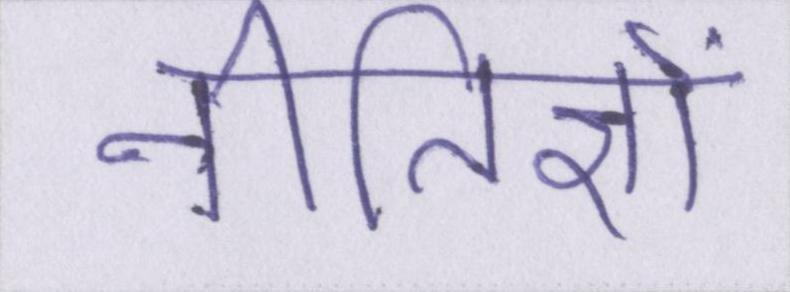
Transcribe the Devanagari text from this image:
नीतिज्ञों